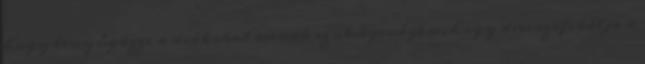
hogy lenyűgözze a diákokat annak szükségességére, hogy diverzifikálja a